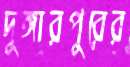
দুঙ্গারপুরের